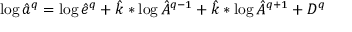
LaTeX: \log \hat { a } ^ { q } = \log \hat { e } ^ { q } + \hat { k } * \log \hat { A } ^ { q - 1 } + \hat { k } * \log \hat { A } ^ { q + 1 } + D ^ { q }